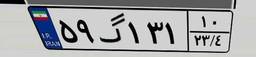
۵۹گ۱۳۱۱۰